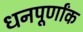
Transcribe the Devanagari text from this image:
धनपूर्णांक